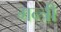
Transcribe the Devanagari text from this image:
गन्त्री